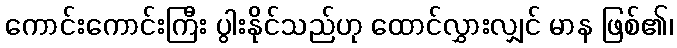
ကောင်းကောင်းကြီး ပွါးနိုင်သည်ဟု ထောင်လွှားလျှင် မာန ဖြစ်၏၊